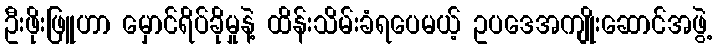
ဦးဖိုးဖြူဟာ မှောင်ရိပ်ခိုမှုနဲ့ ထိန်းသိမ်းခံရပေမယ့် ဥပဒေအကျိုးဆောင်အဖွဲ့